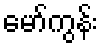
မော်ကွန်း